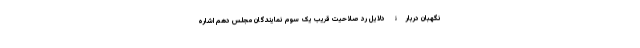
نگهبان دربارۀ دلایل رد صلاحیت قریب یک سوم نمایندگان مجلس دهم اشاره